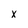
Character: x